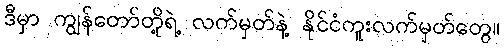
ဒီမှာ ကျွန်တော်တို့ရဲ့ လက်မှတ်နဲ့ နိုင်ငံကူးလက်မှတ်တွေ။